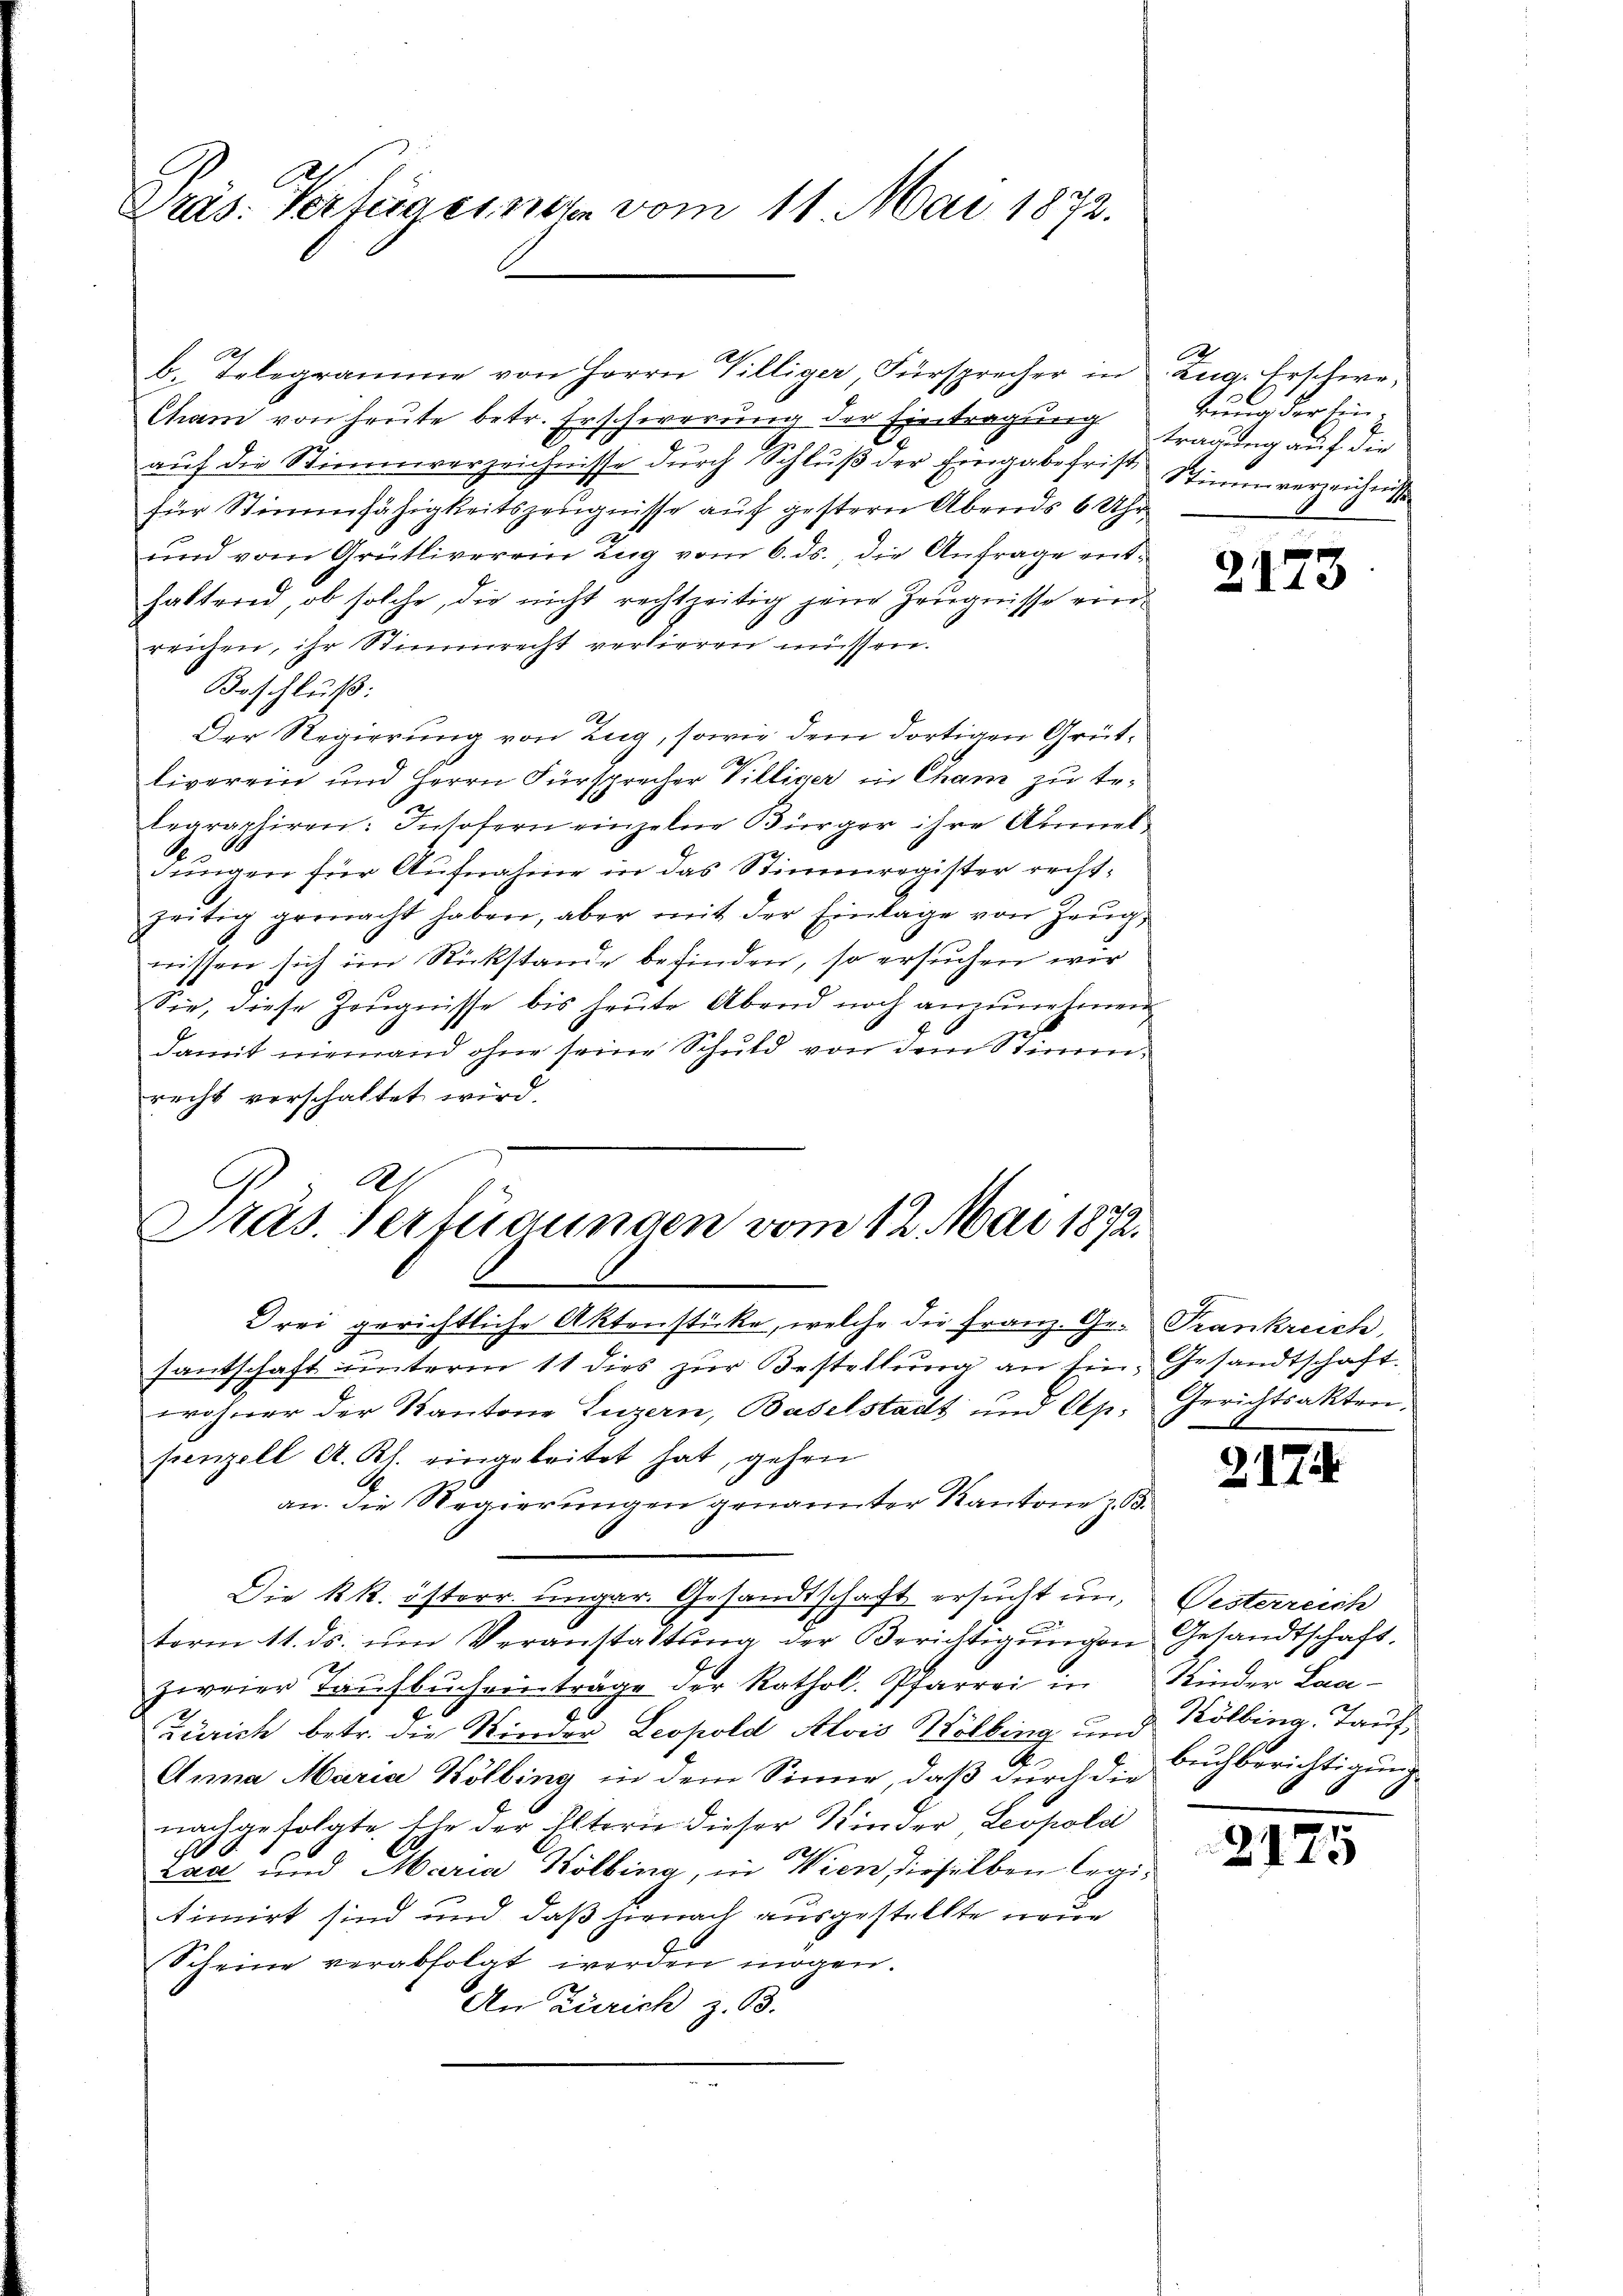
Präs. Verfügenden vom 11. Mai 1872.

b. Telegramme von Herrn Villiger, Fürsprecher in Zug. Erschwe¬
Cham von heute betr. Erschwerung der Eintragung trauung auf die
auf die Stimmverzeichnisse durch Schluß der Eingabefrist Stimm verzeichnisse
für Stimmfähigkeitszeugnisse auf gestern Abends 6 Uhr
und vom Grütliverein Zug vom 6. ds., die Anfrage enthaltend, ob solche, die nicht rechtzeitig jene Zeugnisse vorreichen, ihr Stimmrecht verlieren müssen.
Beschluß:
Der Regierung von Zug, sowie dem dortigen Grütliverein und Herrn Fürsprecher Villiger in Cham zu tr
legraphiren: Insofern einzelne Bürger ihre Anmel
dungen für Aufnahme in das Stimmregister rechtzeitig gemacht haben, aber mit der Einlage von Zeŭg
wissen sich im Rückstande befinden, so ersuchen wir
Sie, diese Zeŭgnisse bis heŭte Abend noch anzŭnehmen
damit niemand ohne seine Schuld von dem Stimmrecht verschaftet wird.
A.
Präs. Verfügungen vom 12. Mai 1872.
Frei gerichtliche Aktenstücke, welche die Franz. Ge- Frankreich,
santschaft unterm 11 dies zur Bestellung an Ein Gesandtschaft.
wohner der Kantone Luzern, Baselstadt und Cep. Gerichtsakten.
penzell A. Rh. eingeleitet hat, gehen
an. die Regierŭngen genannter Kantone z. B.
Die kk. österr. ungar. Gesandtschaft ersucht un
e
term 11. ds. ŭm Veranstattung der Berichtigŭngen Gesandtschaft,
zweier Taŭfbŭchen trage der Rathol. Pfarrei in Kinder Laa¬
Zürich betr. die Kinder Leopold Alois Kölling und Kölling, Tauf¬
Anna Maria Kölling in dem Sinne, daß durch die Buchberichtigung
nachgefolgte. Ehe der Eltern dieser Kinder Leopold
E
Laa und Maria Kölling, in Wien dieselben legitimirt sind und daß hienach ausgestellte neue
Scheine verabfolgt werden mögen.
An Zürich z. B.

tung der Ein¬

2173

2174

Visterreich

2175